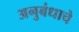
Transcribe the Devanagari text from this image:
अनुबंधाचे